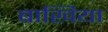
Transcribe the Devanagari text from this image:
बाखिया